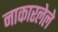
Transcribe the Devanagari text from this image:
नाकारलेले